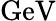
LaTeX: \mathrm{GeV}